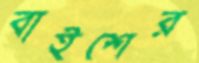
বাইশের